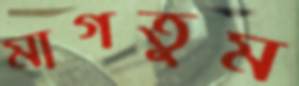
মাগতুম